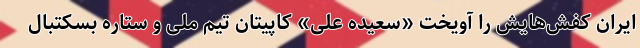
ایران کفش‌هایش را آویخت «سعیده علی» کاپیتان تیم ملی و ستاره بسکتبال